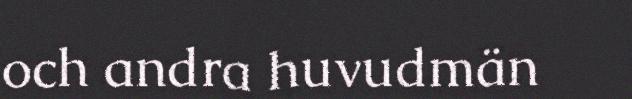
och andra huvudmän